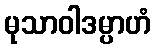
မုသာဝါဒမ္ပာဟံ